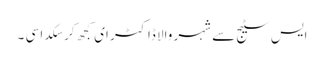
ایس سٹیج سے شہر والا ڈاکٹر ای کجھ کر سکدا سی ۔